Leaving Certificate Examination, 1909
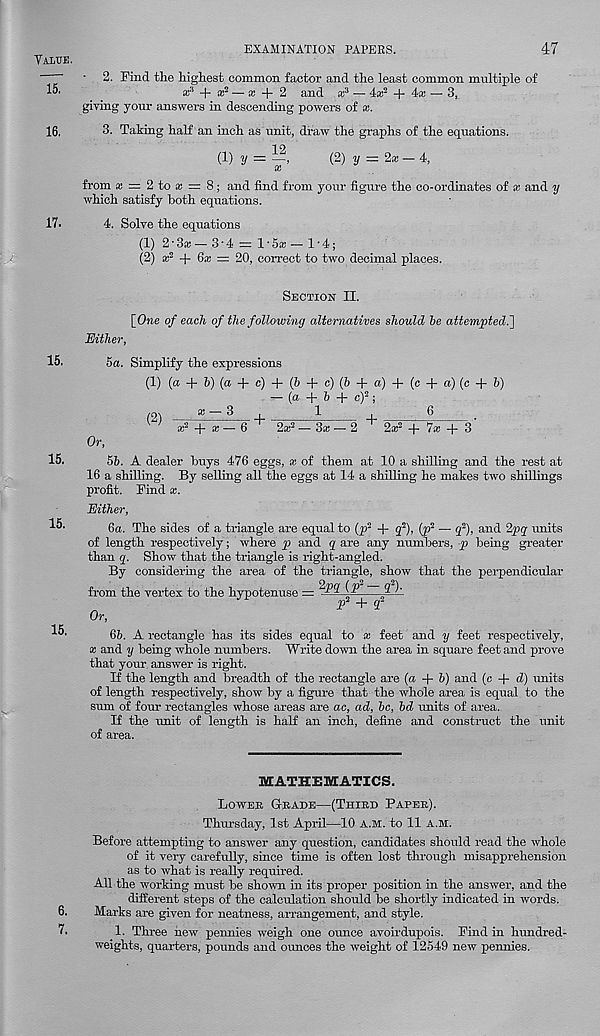
Value.
15.
16.
17.
15.
15.
15.
15.
6.
7.
EXAMINATION PAPERS.
47
2. Find the highest common factor and the least common multiple of
x 3 + x 2 — x + 2 and x 3 — 4a: 2 + 4a: — 3,_
giving your answers in descending powers of x.
3. Taking half an inch as unit, draw the graphs of the equations.
(!) y = —,
(2) y = 2x— 4,
X
from a: = 2 to a; = 8; and find from yom- figure the co-ordinates of x and y
which satisfy both equations.
4. Solve the equations
(1) 2-3a:- 3-4 = l'5a:- 1-4;
(2) x 2 -j- 6x = 20, correct to two decimal places.
Section II.
[One of each of the following alternatives should be attempted^]
Either,
5a. Simplify the expressions
(1) (a + 5) (a + c) + (6 + c) (6 + a) + (c + a) (c + 6)
- (a + 6 + c) 2 ;
/O':
— 3
,
1
,
6
^ *2 + a, _ 6 ' r 2x 2 -3x-2' r 2x 2 + lx + 3
Or,
5b. A dealer buys 476 eggs, x of them at 10 a shilling and the rest at
16 a shilling. By selling all the eggs at 14 a shilling he makes two shillings
profit. Find *.
Either,
6a. The sides of a triangle are equal to (p 2 + q 2 ), (p 2 — q 2 ), and 2pq units
of length respectively; where and q are any numbers, -p being greater
than q. Show that the triangle is right-angled.
By considering the area of the triangle, show that the perpendicular
from the vertex to the hypotenuse =
J
P* + <f 2
Or,
6b. A rectangle has its sides equal to x feet and y feet respectively,
x and y being whole numbers. Write down the area in square feet and prove
that your answer is right.
If the length and breadth of the rectangle are (a + b) and (c + d) units
of length respectively, show by a figure that the whole area is equal to the
sum of four rectangles whose areas are ac, ad, be, bd units of area.
If the unit of length is half an inch, define and construct the unit
of area.
MATHEMATICS.
Lowek Grade—(Third Paper).
Thursday, 1st April—10 A.M. to 11 A.M.
Before attempting to answer any question, candidates should read the whole
of it very carefully, since time is often lost through misapprehension
as to what is really required.
All the working must be shown in its proper position in the answer, and the
different steps of the calculation should be shortly indicated in words.
Marks are given for neatness, arrangement, and style.
1. Three new pennies weigh one ounce avoirdupois. Find in hundred-
weights, quarters, pounds and ounces the weight of 12549 new pennies.